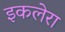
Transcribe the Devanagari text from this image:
इकलेरा